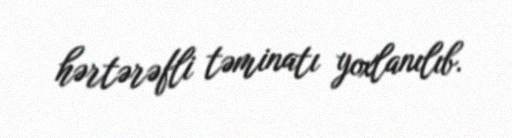
hərtərəfli təminatı yoxlanılıb.